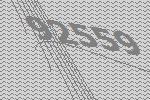
92559